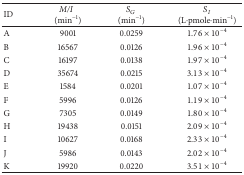
| ID | M/I(min−1) | SG(min−1) | SI (L·pmole·min−1) |
 | --- | --- | --- | --- |
 | A | 9001 | 0.0259 | 1.76 × 10−4 |
 | B | 16567 | 0.0126 | 1.96 × 10−4 |
 | C | 16197 | 0.0138 | 1.97 × 10−4 |
 | D | 35674 | 0.0215 | 3.13 × 10−4 |
 | E | 1584 | 0.0201 | 1.07 × 10−4 |
 | F | 5996 | 0.0126 | 1.19 × 10−4 |
 | G | 7305 | 0.0149 | 1.80 × 10−4 |
 | H | 19438 | 0.0151 | 2.09 × 10−4 |
 | I | 10627 | 0.0168 | 2.33 × 10−4 |
 | J | 5986 | 0.0143 | 2.02 × 10−4 |
 | K | 19920 | 0.0220 | 3.51 × 10−4 |